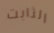
الثابت